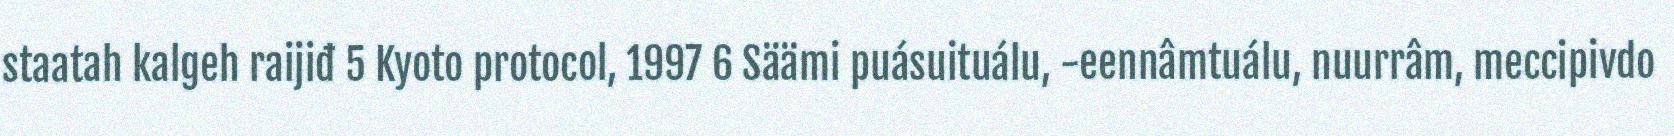
staatah kalgeh raijiđ 5 Kyoto protocol, 1997 6 Säämi puásuituálu, -eennâmtuálu, nuurrâm, meccipivdo